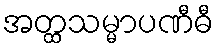
အတ္ထသမ္မာပဏီဓီ